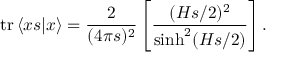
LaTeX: \mathrm { t r } \left< x s | x \right> = { \frac { 2 } { ( 4 \pi s ) ^ { 2 } } } \left[ { \frac { ( H s / 2 ) ^ { 2 } } { \sinh ^ { 2 } ( H s / 2 ) } } \right] .